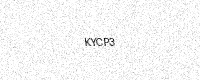
Text: KYCP3